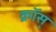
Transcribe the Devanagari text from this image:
क्रॉस्